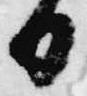
日